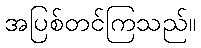
အပြစ်တင်ကြသည်။